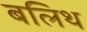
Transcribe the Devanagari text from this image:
बलिथ